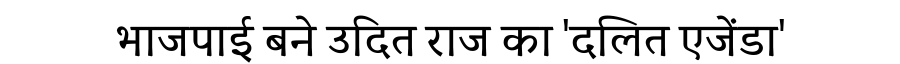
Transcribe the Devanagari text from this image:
भाजपाई बने उदित राज का 'दलित एजेंडा'